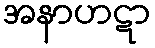
အနာဟဋာ